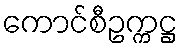
ကောင်စီဥက္ကဋ္ဌ